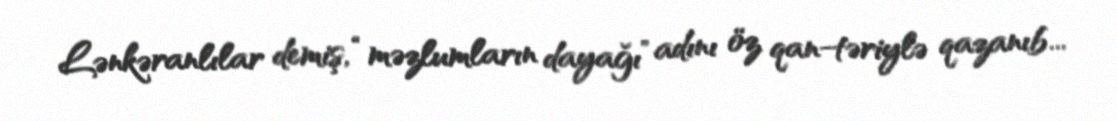
Lənkəranlılar demiş, “məzlumların dayağı” adını öz qan-təriylə qazanıb...